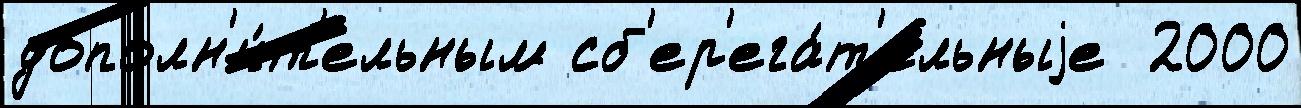
дополн'и́т'ельным сб'ер'ега́т'ельныjе  2000